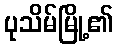
ပုသိမ်မြို့၏